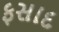
ફસાદ